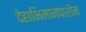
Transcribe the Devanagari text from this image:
देहाभिमानपाशेन